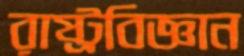
রাষ্ট্রবিজ্ঞান